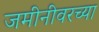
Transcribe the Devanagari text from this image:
जमीनीवरच्या